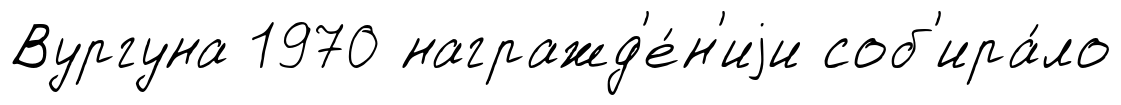
Вургуна 1970 награжд'е́н'иjи соб'ира́ло